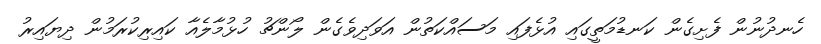
ހެނދުނުން ފެށިގެން ކަނޑުމަތީގައި އުޅެފައި މަސައްކަތުން އަވަދިވެގެން ލޯންޗު ހުޅުމާލެެއާ ކައިރިކުރަމުން ދިޔައިރު